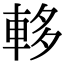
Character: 䡔